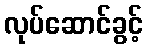
လုပ်ဆောင်ခွင့်